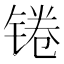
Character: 锩